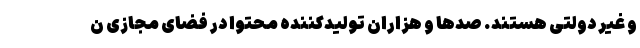
و غیر دولتی هستند. صدها و هزاران تولیدکننده محتوا در فضای مجازی ن